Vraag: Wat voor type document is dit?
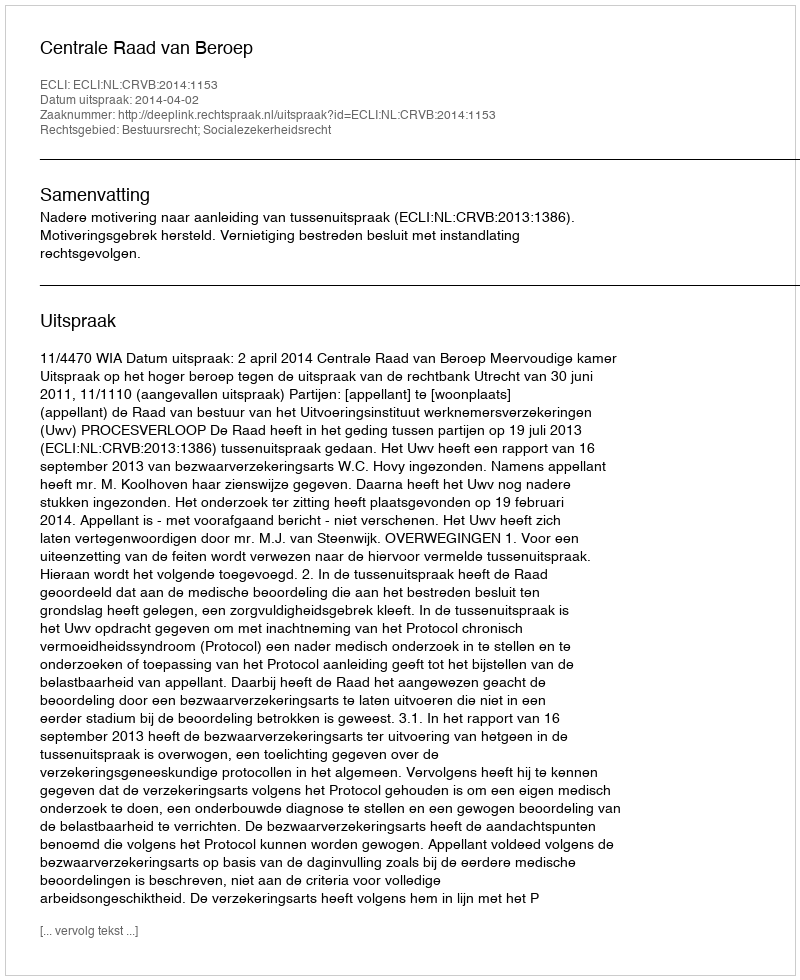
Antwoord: Uitspraak